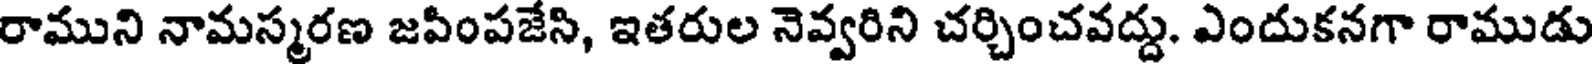
రాముని నామస్మరణ జపింపజేసి, ఇతరుల నెవ్వరిని చర్చించవద్దు. ఎందుకనగా రాముడు